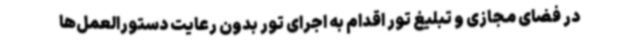
در فضای مجازی و تبلیغ تور اقدام به اجرای تور بدون رعایت دستورالعمل‌ها